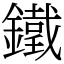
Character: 鐵